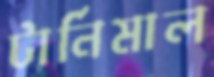
টার্নিমাল